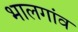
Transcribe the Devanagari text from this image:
भालगांव